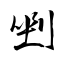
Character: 剉